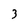
Character: 3